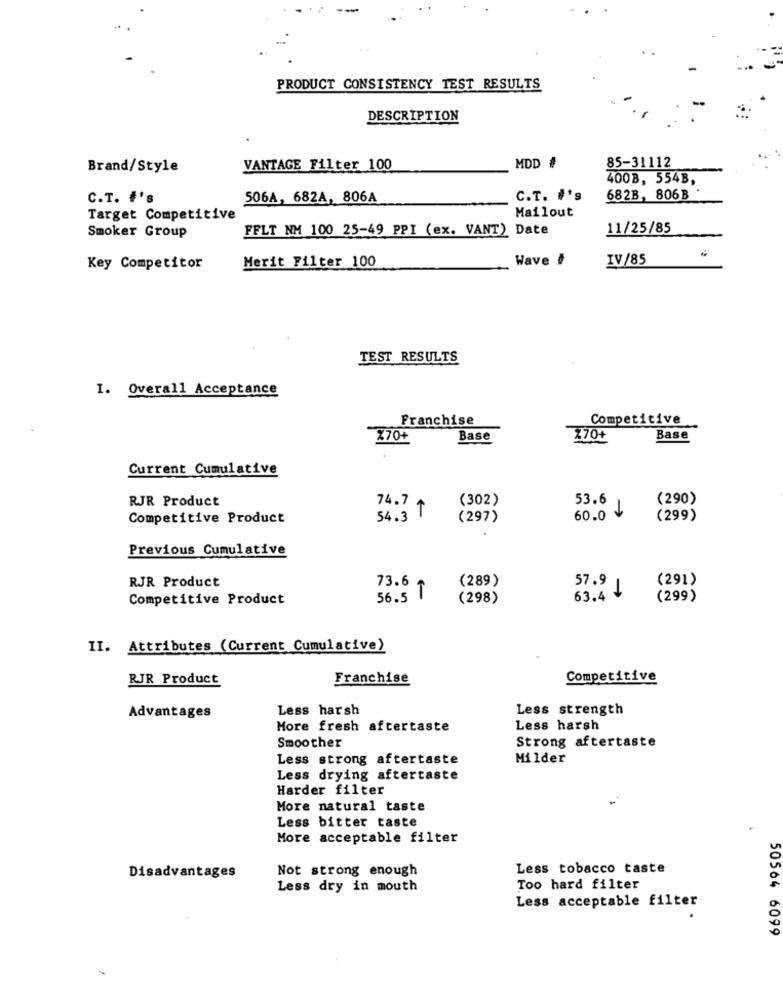
PRODUCT CONSISTENCY TEST RESULTS
DESCRIPTION
85-31112
Brand/Style
VANTAGE Filter 100
MDD #
400B, 554B,
C.T. #'s
506A, 682A, 806A
C.T. #'s
682B, 806B
Target Competitive
Mailout
Smoker Group
FFLT NM 100 25-49 PPI (ex. VANT) Date
11/25/85
Merit Filter 100
Wave #
IV/85
Key Competitor
TEST RESULTS
I. Overall Acceptance
Franchise
Competitive
X70+
Base
Z70+
Base
Current Cumulative
RJR Product
74.7
(302)
53.6
(290)
Competitive Product
54.3 T
(297)
60.0
(299)
Previous Cumulative
RJR Product
73.6
(289)
(291)
57.9 1
Competitive Product
56.5 T
(298)
63.4
(299)
II. Attributes (Current Cumulative)
RJR Product
Franchise
Competitive
Less harsh
Less strength
Advantages
More fresh aftertaste
Less harsh
Smoother
Strong aftertaste
Less strong aftertaste
Milder
Less drying aftertaste
Harder filter
More natural taste
Less bitter taste
More acceptable filter
Not strong enough
Less tobacco taste
Disadvantages
Less dry in mouth
Too hard filter
Less acceptable filter
50564 6099